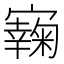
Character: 𡫭